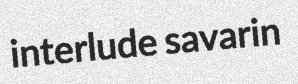
interlude savarin